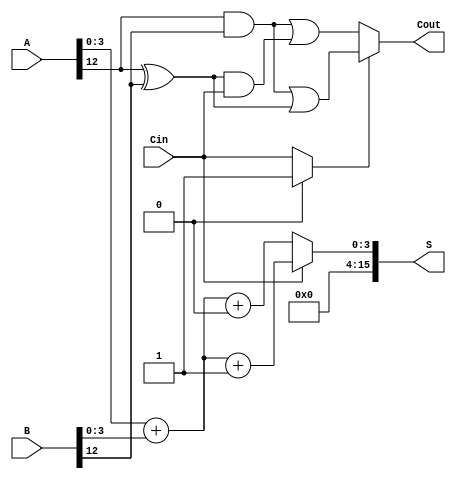
module CCSA #(parameter n = 16, parameter k = 4) (
    input  [n-1:0] A,      // First n-bit input
    input  [n-1:0] B,      // Second n-bit input
    input         Cin,      // Carry-in
    output [n-1:0] S,      // n-bit sum output
    output        Cout      // Carry-out
);
    localparam m = n / k; // Number of segments

    // Intermediate signals
    wire [k-1:0] S0[m-1:0]; // Sum assuming carry-in = 0
    wire [k-1:0] S1[m-1:0]; // Sum assuming carry-in = 1
    wire [m-1:0] C[m-1:0];   // Carry-out for each segment
    wire [m-1:0] C0[m-1:0];  // Carry-out assuming carry-in = 0
    wire [m-1:0] C1[m-1:0];  // Carry-out assuming carry-in = 1
    wire [m-1:0] Sel;         // Selection signals for MUX

    // Generate S0 and S1 for each segment
    genvar i;
    generate
        for (i = 0; i < m; i = i + 1) begin : segment
            // Calculate sum with carry-in = 0
            assign S0[i] = A[i*k +: k] + B[i*k +: k] + 1'b0;
            // Calculate sum with carry-in = 1
            assign S1[i] = A[i*k +: k] + B[i*k +: k] + 1'b1;

            // Calculate carry-out assuming carry-in = 0
            assign C0[i] = (A[i*k +: k] & B[i*k +: k]) | ((A[i*k +: k] ^ B[i*k +: k]) & Cin);
            // Calculate carry-out assuming carry-in = 1
            assign C1[i] = (A[i*k +: k] & B[i*k +: k]) | ((A[i*k +: k] ^ B[i*k +: k]) & 1'b1);
        end
    endgenerate

    // Select the appropriate sum and carry-out
    assign S = (Sel[0] ? S1[0] : S0[0]);
    assign Cout = (Sel[m-1] ? C1[m-1] : C0[m-1]);

    // Generate selection signals based on carry propagation
    generate
        for (i = 0; i < m-1; i = i + 1) begin : carry_select
            assign Sel[i+1] = C[i][0] ? 1'b1 : Cin;
        end
    endgenerate

    // Final selection for the last segment
    assign Sel[0] = Cin;

endmodule